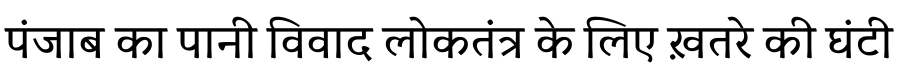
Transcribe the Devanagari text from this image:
पंजाब का पानी विवाद लोकतंत्र के लिए ख़तरे की घंटी